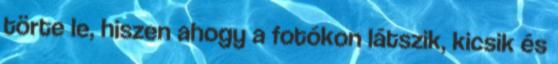
törte le, hiszen ahogy a fotókon látszik, kicsik és